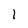
Character: 1